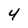
Character: 4